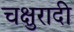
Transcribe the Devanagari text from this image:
चक्षुरादी